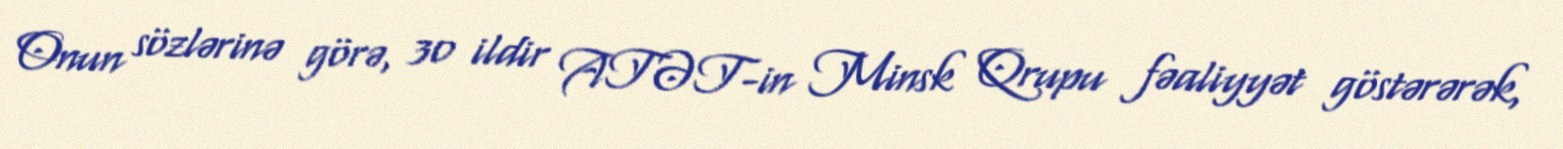
Onun sözlərinə görə, 30 ildir ATƏT-in Minsk Qrupu fəaliyyət göstərərək,